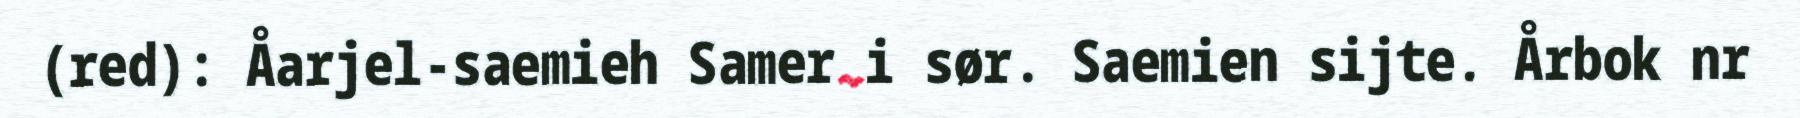
(red): Åarjel-saemieh Samer i sør. Saemien sijte. Årbok nr